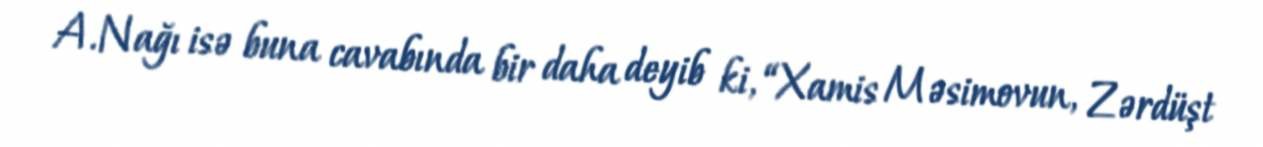
A.Nağı isə buna cavabında bir daha deyib ki, “Xamis Məsimovun, Zərdüşt